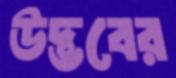
উদ্ভবের